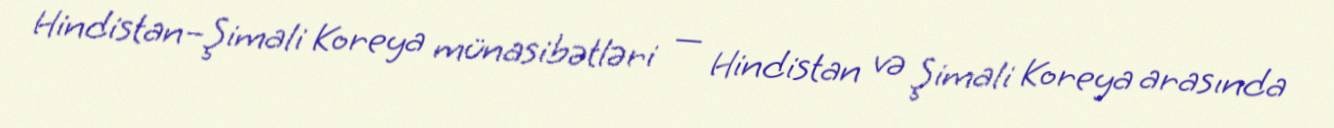
Hindistan–Şimali Koreya münasibətləri — Hindistan və Şimali Koreya arasında